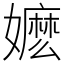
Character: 嬷